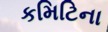
કમિટિના